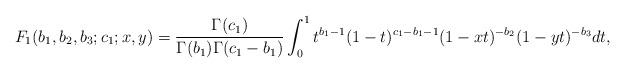
LaTeX: \begin{align*}F_{1}(b_{1},b_{2},b_{3};c_{1};x,y)=\frac{\Gamma(c_{1})}{\Gamma(b_{1})\Gamma(c_{1}-b_{1})}\int_{0}^{1} t^{b_{1}-1}(1-t)^{c_{1}-b_{1}-1}(1-xt)^{-b_{2}}(1-yt)^{-b_{3}}dt,\end{align*}